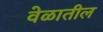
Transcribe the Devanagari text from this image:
वेळातील